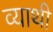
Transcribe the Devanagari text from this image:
व्याथी